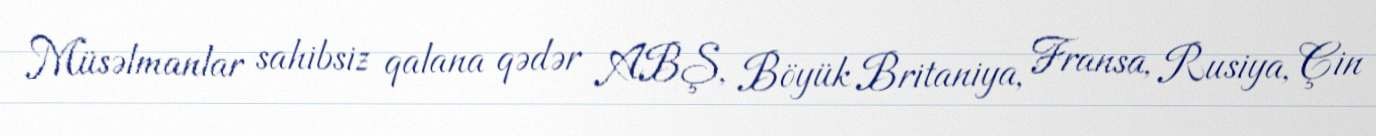
Müsəlmanlar sahibsiz qalana qədər ABŞ, Böyük Britaniya, Fransa, Rusiya, Çin